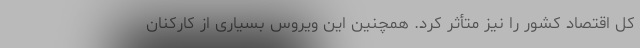
کل اقتصاد کشور را نیز متأثر کرد. همچنین این ویروس بسیاری از کارکنان